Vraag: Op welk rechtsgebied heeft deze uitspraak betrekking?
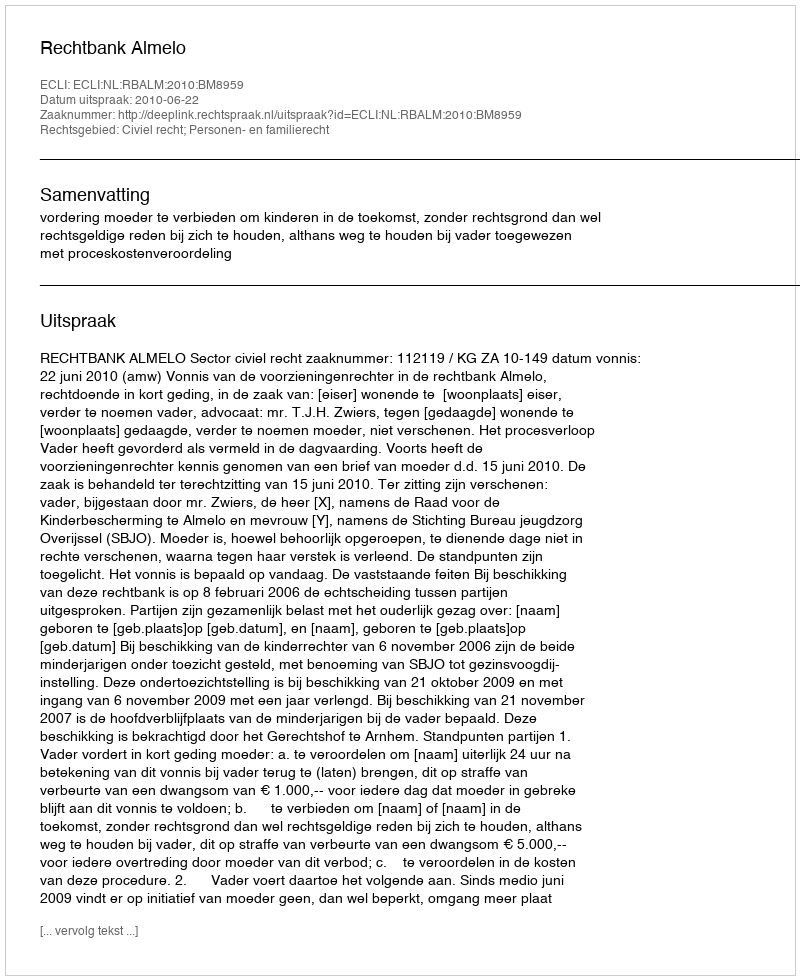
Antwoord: Civiel recht; Personen- en familierecht